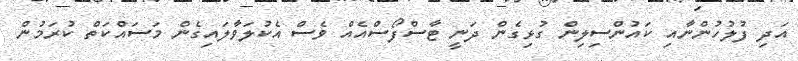
އަދި ފުލުހުންނާއި ކައުންސިލިން ގުޅިގެން ދަނީ ޓާސްފޯސްއެއް ވެސް އެކުލަވާލައިގެން މަސައްކަތް ކުރަމުން